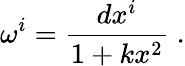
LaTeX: \omega^{i}=\frac{dx^{i}}{1+kx^{2}}\; .